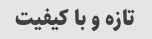
تازه و با کیفیت